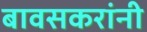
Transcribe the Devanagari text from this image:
बावसकरांनी